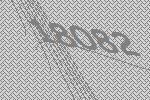
18082